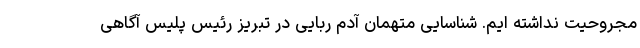
مجروحیت نداشته ایم. شناسایی متهمان آدم ربایی در تبریز رئیس پلیس آگاهی